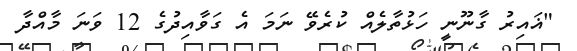
"ޣައިރު ގާނޫނީ ހަޅުތާލެއް ކުރެވޭ ނަމަ އެ ގަވާއިދުގެ 12 ވަނަ މާއްދާ